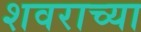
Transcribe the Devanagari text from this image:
शवराच्या